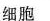
细胞